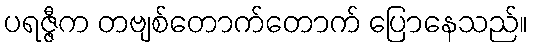
ပရဇ္ဇီက တဗျစ်တောက်တောက် ပြောနေသည်။